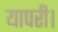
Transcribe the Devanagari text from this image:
यापरी।